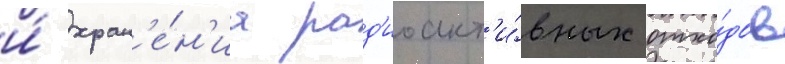
и́ хран'е́н'иа рад'иоакт'и́вных отхо́дов